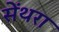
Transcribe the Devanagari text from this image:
सेंथरा